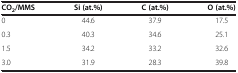
| CO2/MMS | Si (at.%) | C (at.%) | O (at.%) |
 | --- | --- | --- | --- |
 | 0 | 44.6 | 37.9 | 17.5 |
 | 0.3 | 40.3 | 34.6 | 25.1 |
 | 1.5 | 34.2 | 33.2 | 32.6 |
 | 3.0 | 31.9 | 28.3 | 39.8 |